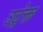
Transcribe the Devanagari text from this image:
उट्रेक्त